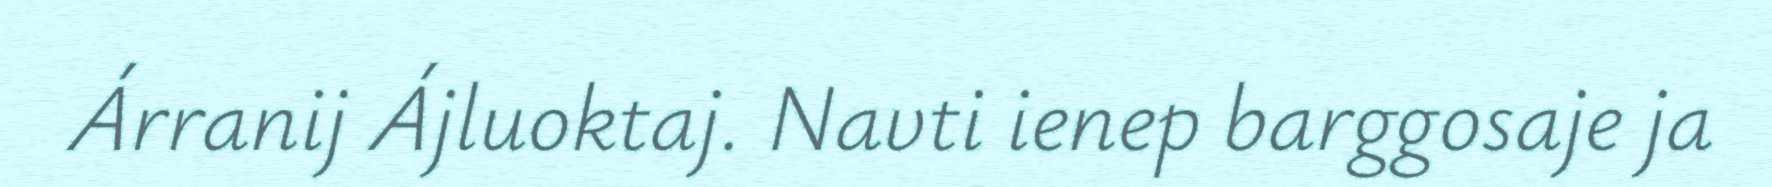
Árranij Ájluoktaj. Navti ienep barggosaje ja